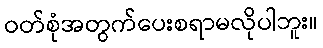
ဝတ်စုံအတွက်ပေးစရာမလိုပါဘူး။